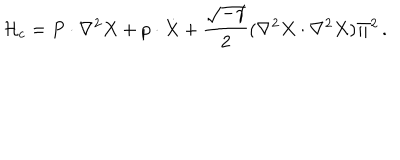
{ \cal H } _ { c } = P \cdot \nabla ^ { 2 } X + p \cdot \dot { X } + { \frac { \sqrt { - \gamma } } { 2 } } ( \nabla ^ { 2 } X \cdot \nabla ^ { 2 } X ) \Pi ^ { 2 } \, .